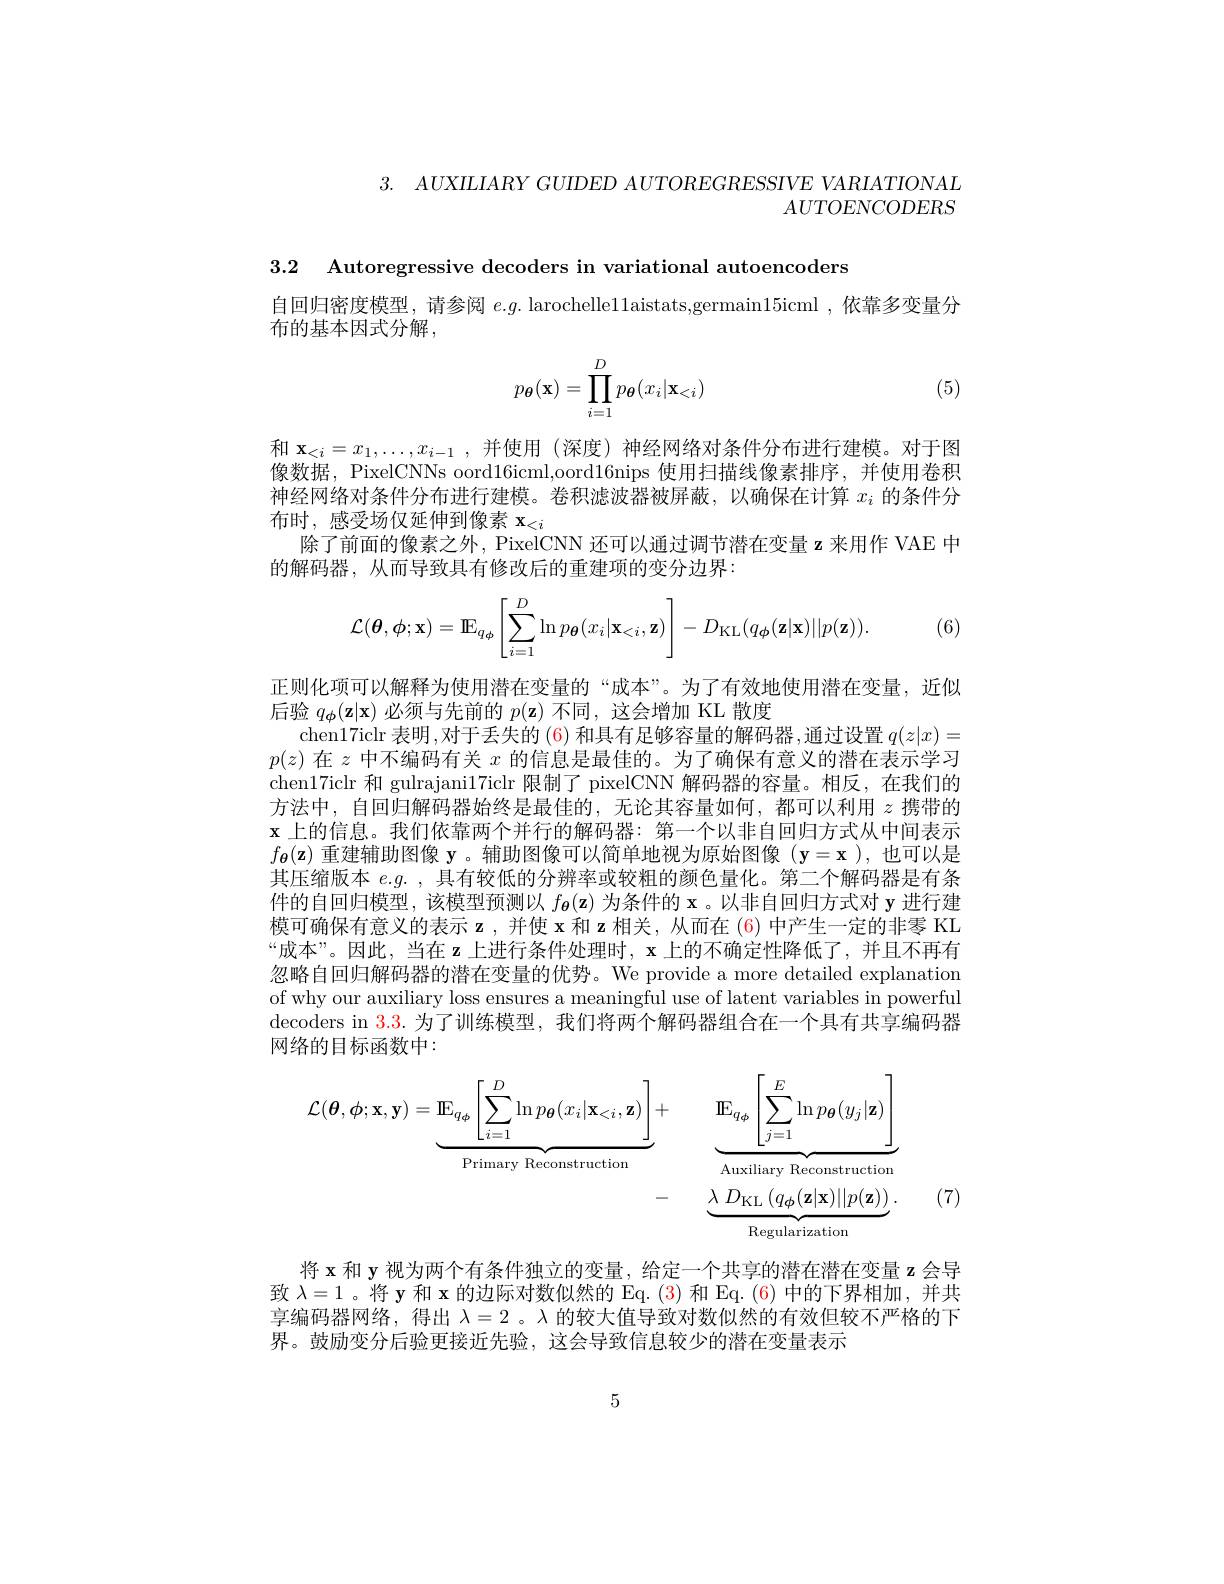
3. $AUXILIARY$ $GUIDED$ $AUTOREGRESSIVE$ $VARIATIONAL$
$AUTOENCODERS$

3.2 Autoregressive decoders in variational autoencoders
自回归密度模型，请参阅 $e.g.$ larochelle11aistats,germain15icml ,依靠多变量分
布的基本因式分解，
$$p_{\boldsymbol{\theta}}(\mathbf{x})=\prod_{i=1}^{D}p_{\boldsymbol{\theta}}(x_{i}|\mathbf{x}_{<i})$$
(5)

和$\mathbf{x} _{< i}= x_1, \ldots , x_{i- 1}$ ,并使用 (深度) 神经网络对条件分布进行建模。对于图像数据，PixelCNNs oord16icml,oord16nips 使用扫描线像素排序，并使用卷积神经网络对条件分布进行建模。卷积滤波器被屏蔽，以确保在计算$x_i$的条件分布时，感受场仅延伸到像素$\mathbf{x}_<i$
除了前面的像素之外，PixelCNN 还可以通过调节潜在变量 z 来用作 VAE 中
的解码器，从而导致具有修改后的重建项的变分边界：

(6)
$$\mathcal{L}(\boldsymbol{\theta},\phi;\mathbf{x})=\mathbb{E}_{q_{\boldsymbol{\phi}}}\left[\sum_{i=1}^{D}\ln p_{\boldsymbol{\theta}}(x_{i}|\mathbf{x}_{<i},\mathbf{z})\right]-D_{\mathrm{KL}}(q_{\boldsymbol{\phi}}(\mathbf{z}|\mathbf{x})||p(\mathbf{z})).$$
正则化项可以解释为使用潜在变量的“成本”。为了有效地使用潜在变量，近似
后验$q_{\phi}(\mathbf{z}|\mathbf{x})$必须与先前的$p(\mathbf{z})$不同，这会增加 KL 散度
chen17iclr 表明，对于丢失的 (6) 和具有足够容量的解码器，通过设置 $q(z|x)=$ $p(z)$在$z$中不编码有关$x$的信息是最佳的。为了确保有意义的潜在表示学习chen17iclr 和 gulrajani17iclr 限制了 pixelCNN 解码器的容量。相反，在我们的方法中，自回归解码器始终是最佳的，无论其容量如何，都可以利用$z$携带的$\mathbf{x}$上的信息。我们依靠两个并行的解码器：第一个以非自回归方式从中间表示$f_{\boldsymbol{\theta}}(\mathbf{z})$重建辅助图像 y。辅助图像可以简单地视为原始图像( $\mathbf{y}=\mathbf{x}$ ),也可以是其压缩版本$e.g.$,具有较低的分辨率或较粗的颜色量化。第二个解码器是有条件的自回归模型，该模型预测以$f_{\boldsymbol{\theta}}(\mathbf{z})$为条件的 x。以非自回归方式对 y 进行建模可确保有意义的表示$\mathbf{z}$,并使$\mathbf{x}$和 z 相关，从而在 (6) 中产生一定的非零 KL “成本”。因此，当在$\mathbf{z}$上进行条件处理时，$\mathbf{x}$上的不确定性降低了，并且不再有忽略自回归解码器的潜在变量的优势。We provide a more detailed explanation of why our auxiliary loss ensures a meaningful use of latent variables in powerful decoders in $\color{red}{3.3.\text{为了训练模型，我们将两个解码器组合在一个具有共享编码器}}$ 网络的目标函数中：
$$\begin{aligned}\mathcal{L}(\boldsymbol{\theta},\boldsymbol{\phi};\mathbf{x},\mathbf{y})&=\underbrace{\mathrm{IE}_{q_{\boldsymbol{\phi}}}\left[\sum_{i=1}^{D}\ln p_{\boldsymbol{\theta}}(x_{i}|\mathbf{x}_{<i},\mathbf{z})\right]}_{\text{Primary Reconstruction}}+\underbrace{\mathrm{IE}_{q_{\boldsymbol{\phi}}}\left[\sum_{j=1}^{E}\ln p_{\boldsymbol{\theta}}(y_{j}|\mathbf{z})\right]}_{\text{Auxiliary Reconstruction}}\\&-\underbrace{\lambda\:D_{\mathrm{KL}}\:(q_{\boldsymbol{\phi}}(\mathbf{z}|\mathbf{z})||p(\mathbf{z}))}_{\text{Regularization}}.\end{aligned}$$
(7)

将 x 和 y 视为两个有条件独立的变量，给定一个共享的潜在潜在变量 z 会导致$\lambda=1$ 。将$\mathbf{y}$和 x 的边际对数似然的 Eq. (3) 和 Eq.(6) 中的下界相加，并共享编码器网络，得出$\lambda=2$ 。$\lambda$的较大值导致对数似然的有效但较不严格的下界。鼓励变分后验更接近先验，这会导致信息较少的潜在变量表示

5